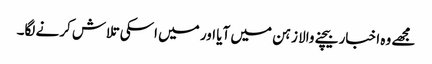
مجھے وہ اخبار بیچنے والا زہن میں آیا اور میں اسکی تلاش کرنے لگا۔